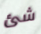
شئ